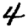
Digit: 4